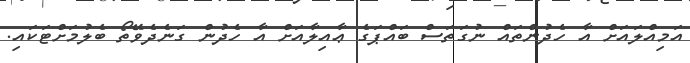
އަމިއްލައަށް އާ ހެދުންތައް ނުގަތަސް ބައްޕަގެ ޢާއިލާއަށް އާ ހެދުން ގަނެދެވޭތޯ ބެލުމަށްޓަކައި.